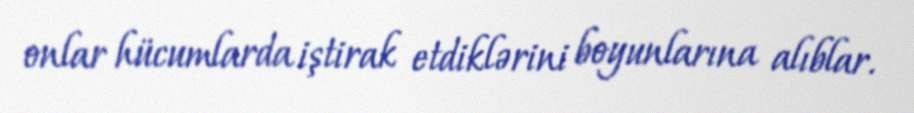
onlar hücumlarda iştirak etdiklərini boyunlarına alıblar.